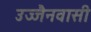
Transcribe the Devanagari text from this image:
उज्जैनवासी